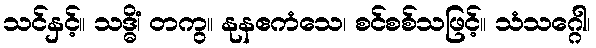
သင်နှင့်။ သဒ္ဓိံ၊ တကွ။ နုနဧကံသေ၊ စင်စစ်သဖြင့်။ သံသဂ္ဂေါ၊